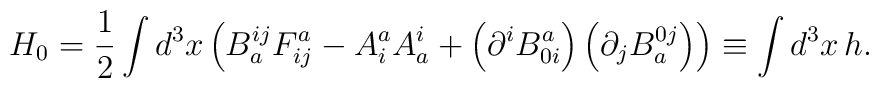
H_{0}=\frac{1}{2}\int d^{3}x\left(B_{a}^{ij}F_{ij}^{a}-A_{i}^{a}A_{a}^{i}+\left( \partial^{i}B_{0i}^{a}\right) \left( \partial _{j}B_{a}^{0j}\right) \right) \equiv\int d^{3}x\,h.